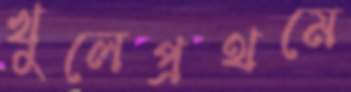
খুলেপ্রথমে